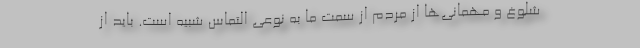
شلوغ و مهمانی‌ها از مردم از سمت ما به نوعی التماس شبیه است. باید از